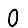
Digit: 0